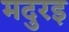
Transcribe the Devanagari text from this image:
मदुरइ